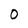
Character: O